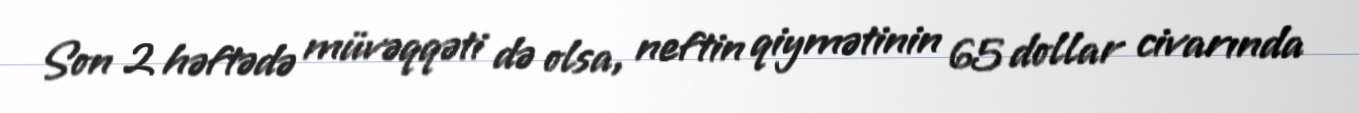
Son 2 həftədə müvəqqəti də olsa, neftin qiymətinin 65 dollar civarında